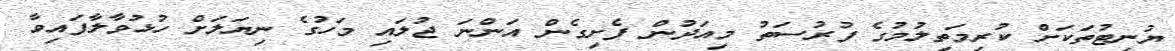
ޔުނިޓުތަކަށް ކުރިމަތިލުމުގެ ފުރުސަތު މިއަދުން ފެށިގެން އަންނަ ޖުލައި މަހުގެ ނިޔަލަށް ހުޅުވާލާފައިވާ